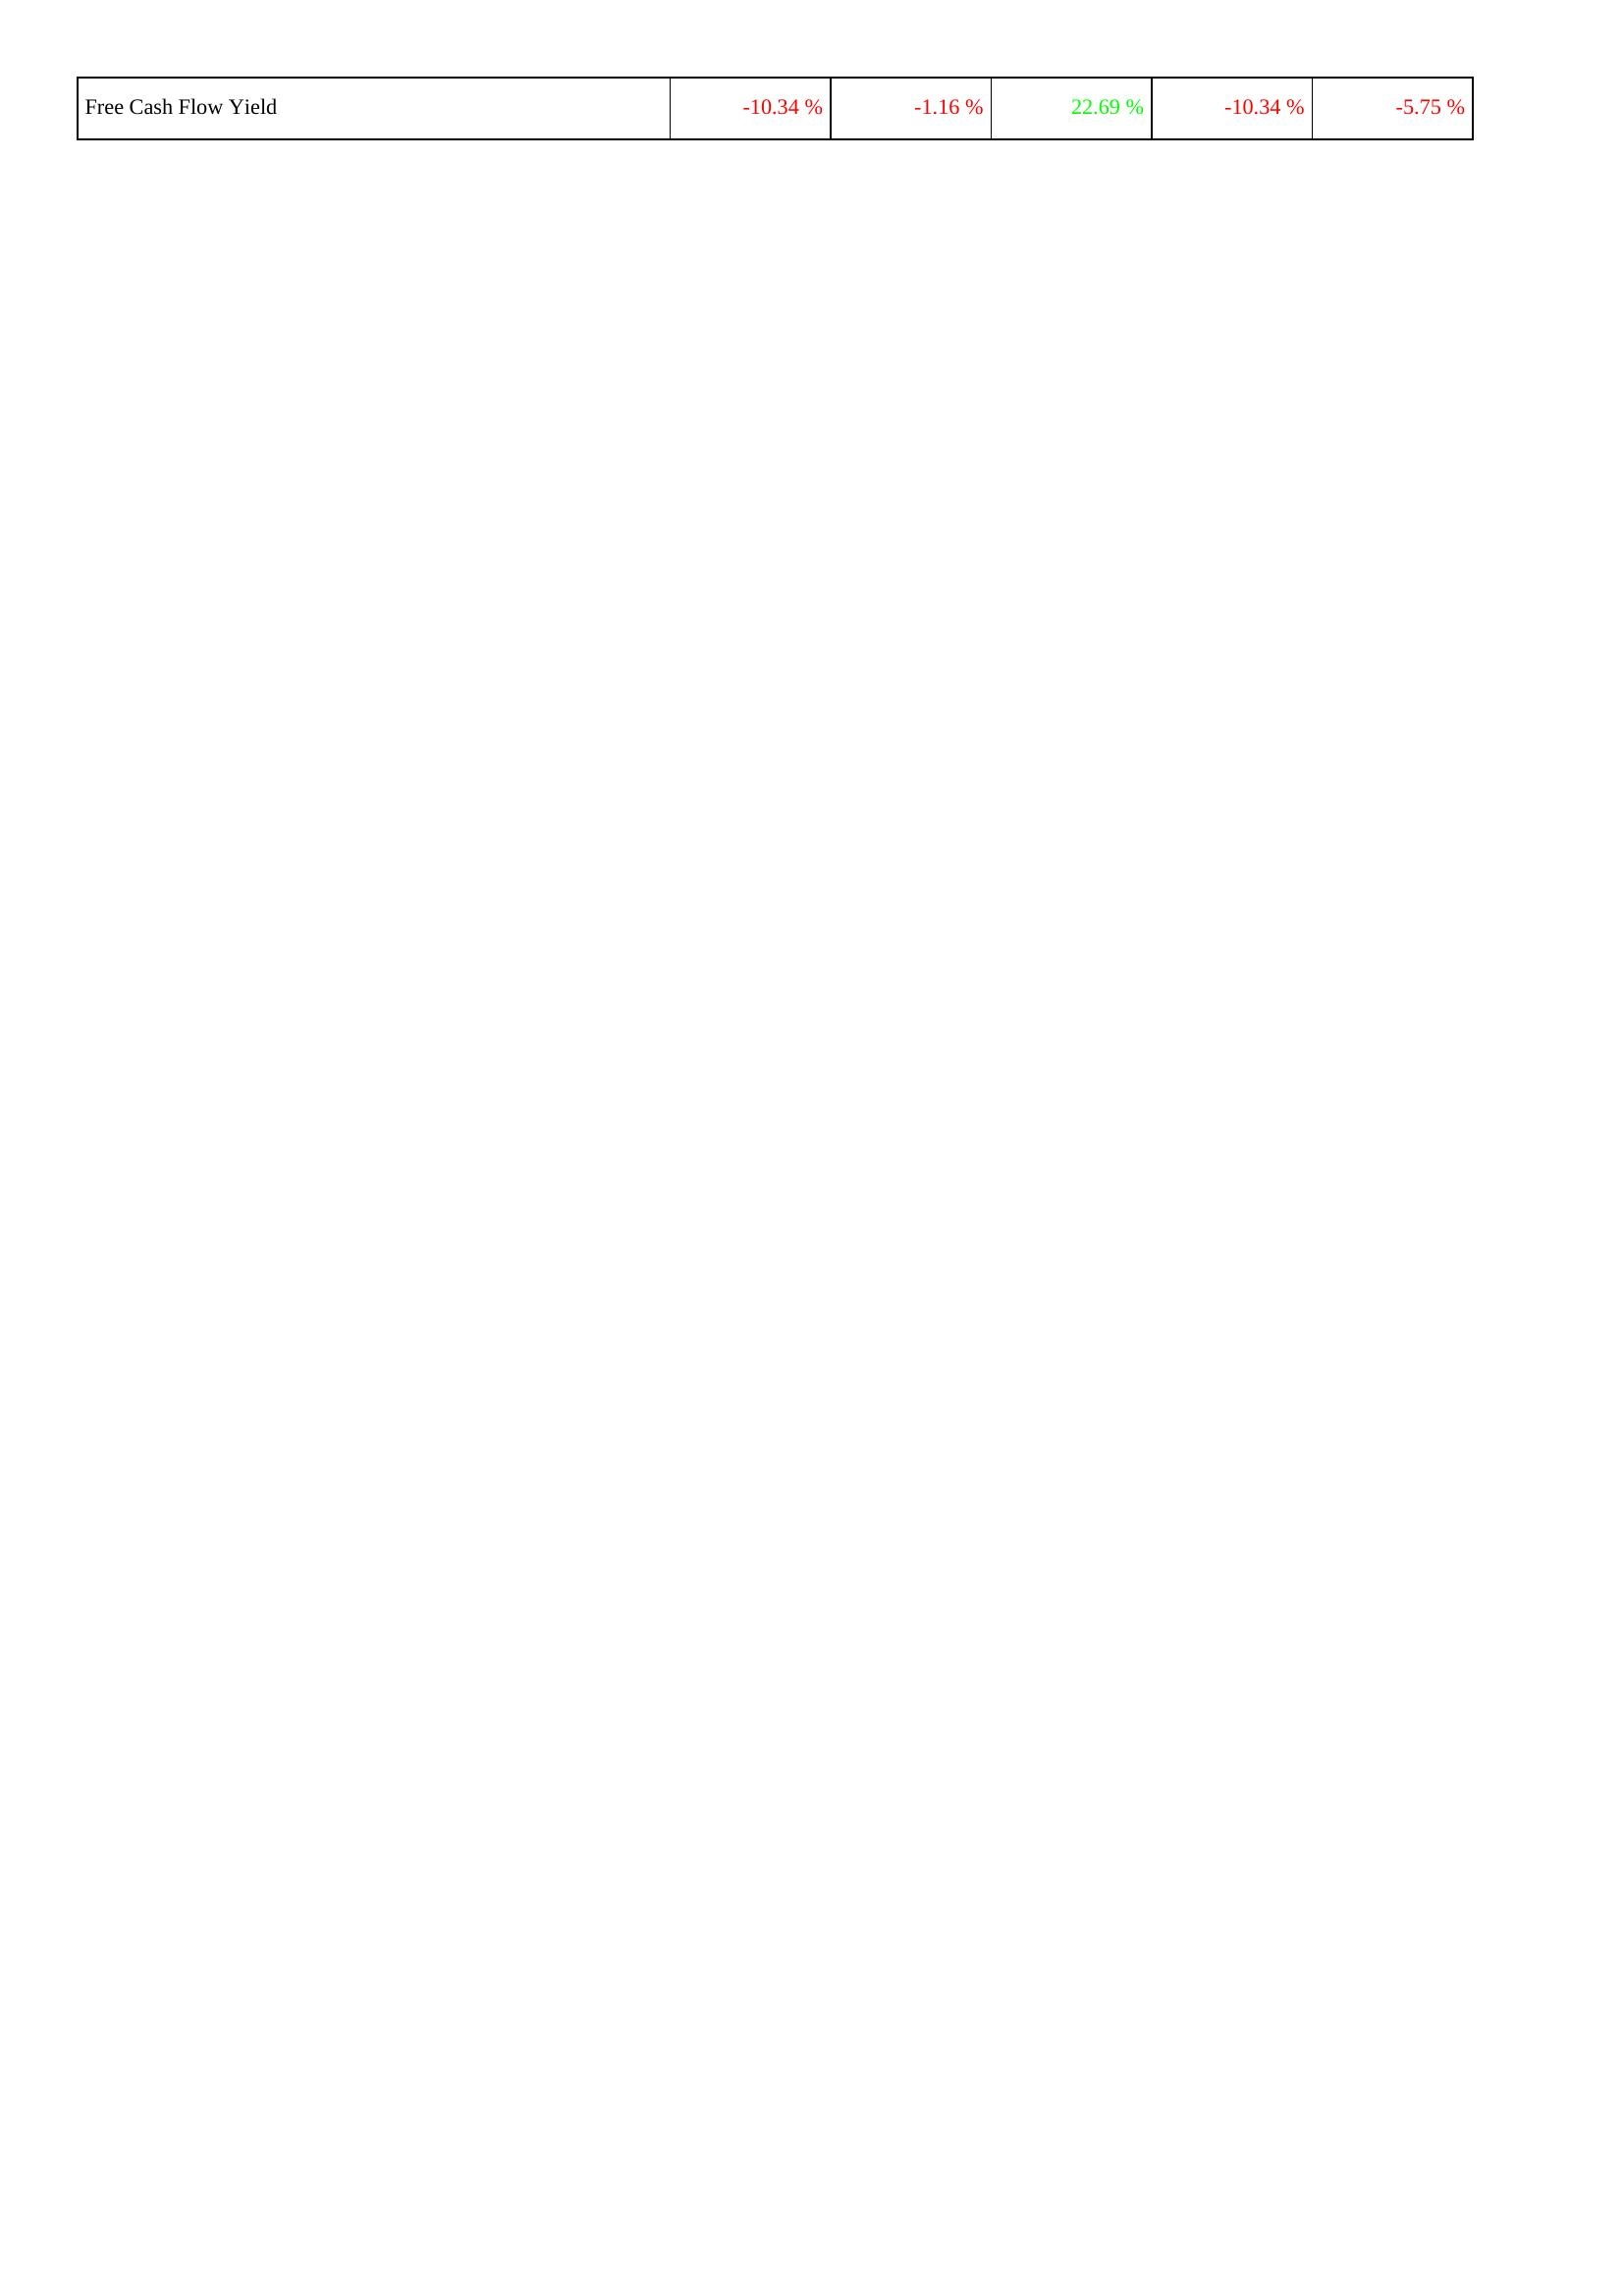
2019: Financing Activities: Free Cash Flow Yield: -10.34 %
2020: Financing Activities: Free Cash Flow Yield: -1.16 %
2021: Financing Activities: Free Cash Flow Yield: 22.69 %
2022: Financing Activities: Free Cash Flow Yield: -10.34 %
2023: Financing Activities: Free Cash Flow Yield: -5.75 %